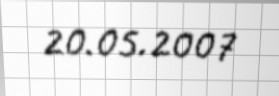
20.05.2007